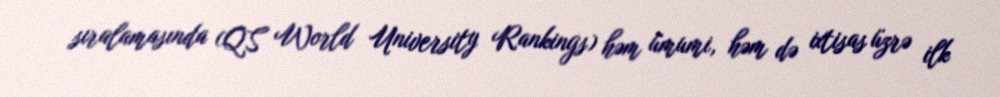
sıralamasında (QS World University Rankings) həm ümumi, həm də ixtisas üzrə ilk